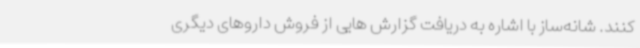
کنند. شانه‌ساز با اشاره به دریافت گزارش هایی از فروش داروهای دیگری